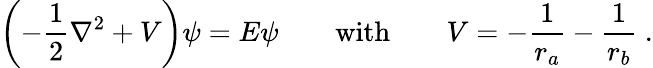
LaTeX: \left(-{\frac{1}{2}}\nabla^{2}+V\right)\psi=E\psi\qquad{\mathrm{with}}\qquad V=-{\frac{1}{r_{a}}}-{\frac{1}{r_{b}}}\; .